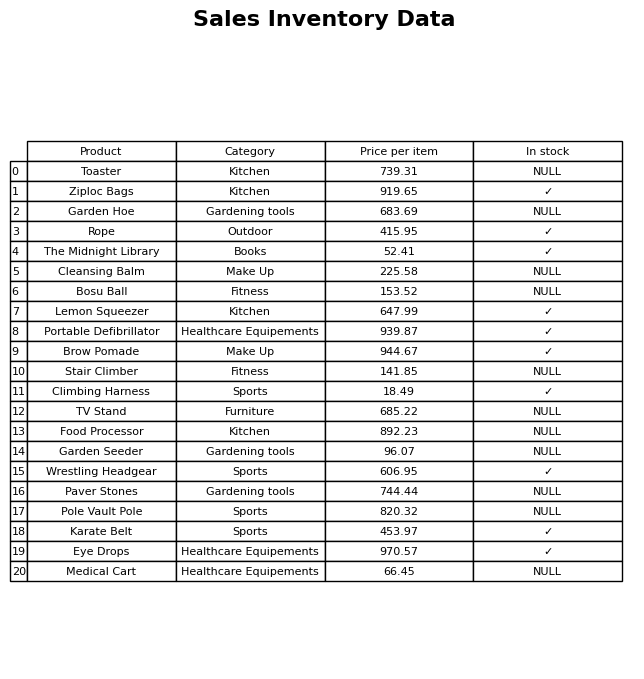
question: What is the price for Bosu Ball?
answer: The price of Bosu Ball is 153.52.